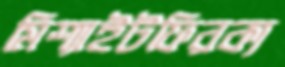
মিশ্যাইটফিরক্য